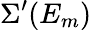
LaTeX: \Sigma^{\prime}(E_{m})